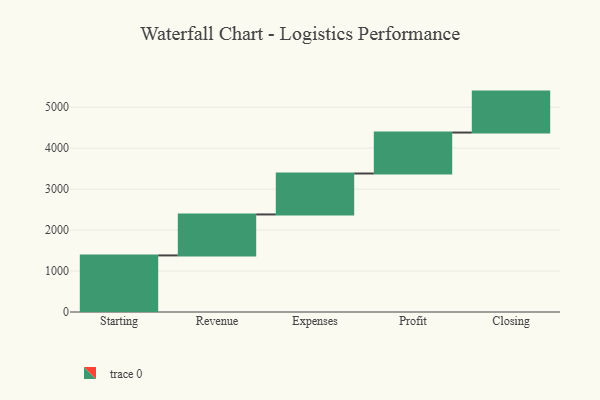
{"axis": {"x": "Step", "y": "Value"}, "legend": [""], "data": [{"x": "Starting", "y": 1382.0, "type": ""}, {"x": "Revenue", "y": 1000, "type": ""}, {"x": "Expenses", "y": 1000, "type": ""}, {"x": "Profit", "y": 1000, "type": ""}, {"x": "Closing", "y": 1000, "type": ""}]}